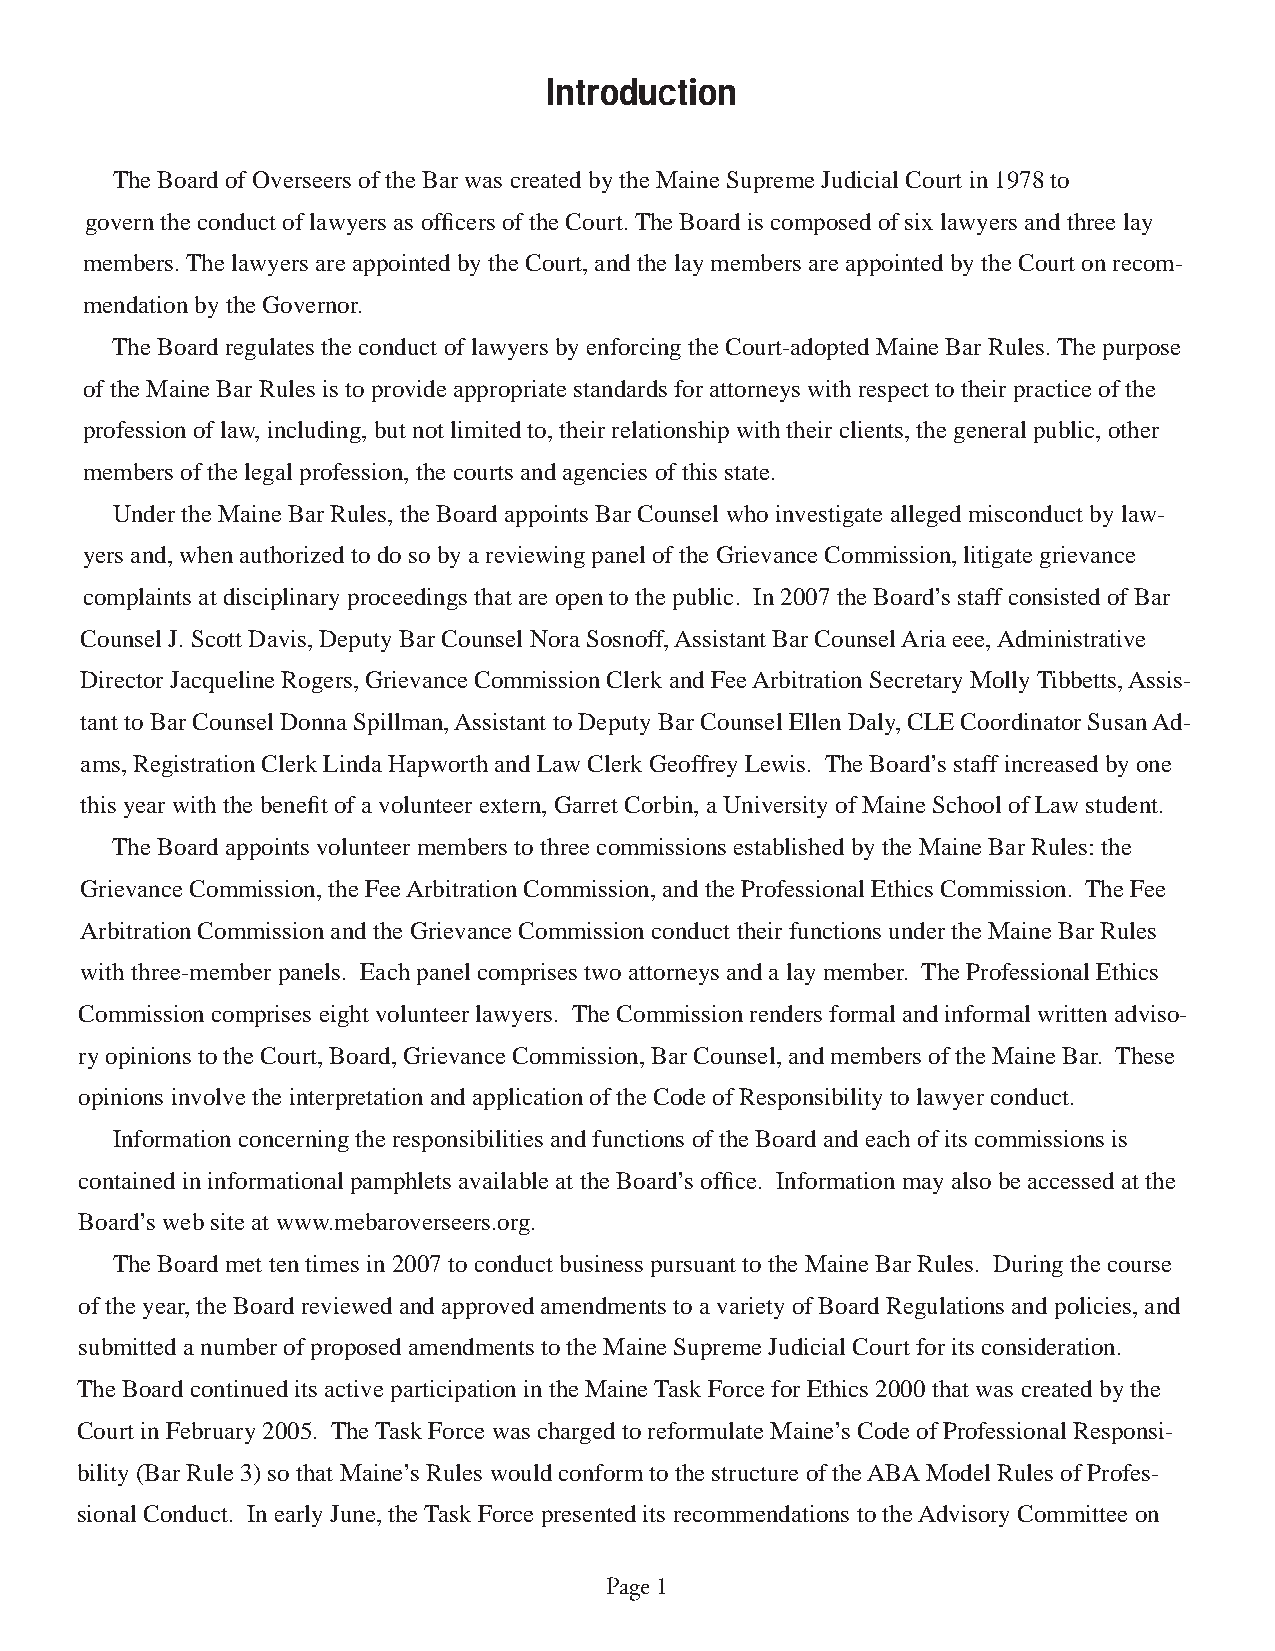
Introduction
 The Board of Overseers of the Bar was created by the Maine Supreme Judicial Court in 1978 to
 govern the conduct of lawyers as offi cers of the Court. The Board is composed of six lawyers and three lay
 members. The lawyers are appointed by the Court, and the lay members are appointed by the Court on recom-
 mendation by the Governor.
 The Board regulates the conduct of lawyers by enforcing the Court-adopted Maine Bar Rules. The purpose
 of the Maine Bar Rules is to provide appropriate standards for attorneys with respect to their practice of the
 profession of law, including, but not limited to, their relationship with their clients, the general public, other
 members of the legal profession, the courts and agencies of this state.
 Under the Maine Bar Rules, the Board appoints Bar Counsel who investigate alleged misconduct by law-
 yers and, when authorized to do so by a reviewing panel of the Grievance Commission, litigate grievance
 complaints at disciplinary proceedings that are open to the public. In 2007 the Board’s staff consisted of Bar
 Counsel J. Scott Davis, Deputy Bar Counsel Nora Sosnoff, Assistant Bar Counsel Aria eee, Administrative
 Director Jacqueline Rogers, Grievance Commission Clerk and Fee Arbitration Secretary Molly Tibbetts, Assis-
 tant to Bar Counsel Donna Spillman, Assistant to Deputy Bar Counsel Ellen Daly, CLE Coordinator Susan Ad-
 ams, Registration Clerk Linda Hapworth and Law Clerk Geoffrey Lewis. The Board’s staff increased by one
 this year with the benefi t of a volunteer extern, Garret Corbin, a University of Maine School of Law student.
 The Board appoints volunteer members to three commissions established by the Maine Bar Rules: the
 Grievance Commission, the Fee Arbitration Commission, and the Professional Ethics Commission. The Fee
 Arbitration Commission and the Grievance Commission conduct their functions under the Maine Bar Rules
 with three-member panels. Each panel comprises two attorneys and a lay member. The Professional Ethics
 Commission comprises eight volunteer lawyers. The Commission renders formal and informal written adviso-
 ry opinions to the Court, Board, Grievance Commission, Bar Counsel, and members of the Maine Bar. These
 opinions involve the interpretation and application of the Code of Responsibility to lawyer conduct.
 Information concerning the responsibilities and functions of the Board and each of its commissions is
 contained in informational pamphlets available at the Board’s offi ce. Information may also be accessed at the
 Board’s web site at www.mebaroverseers.org.
 The Board met ten times in 2007 to conduct business pursuant to the Maine Bar Rules. During the course
 of the year, the Board reviewed and approved amendments to a variety of Board Regulations and policies, and
 submitted a number of proposed amendments to the Maine Supreme Judicial Court for its consideration.
 The Board continued its active participation in the Maine Task Force for Ethics 2000 that was created by the
 Court in February 2005. The Task Force was charged to reformulate Maine’s Code of Professional Responsi-
 bility (Bar Rule 3) so that Maine’s Rules would conform to the structure of the ABA Model Rules of Profes-
 sional Conduct. In early June, the Task Force presented its recommendations to the Advisory Committee on
 Page 1